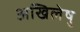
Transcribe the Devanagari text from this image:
अखिलेषु